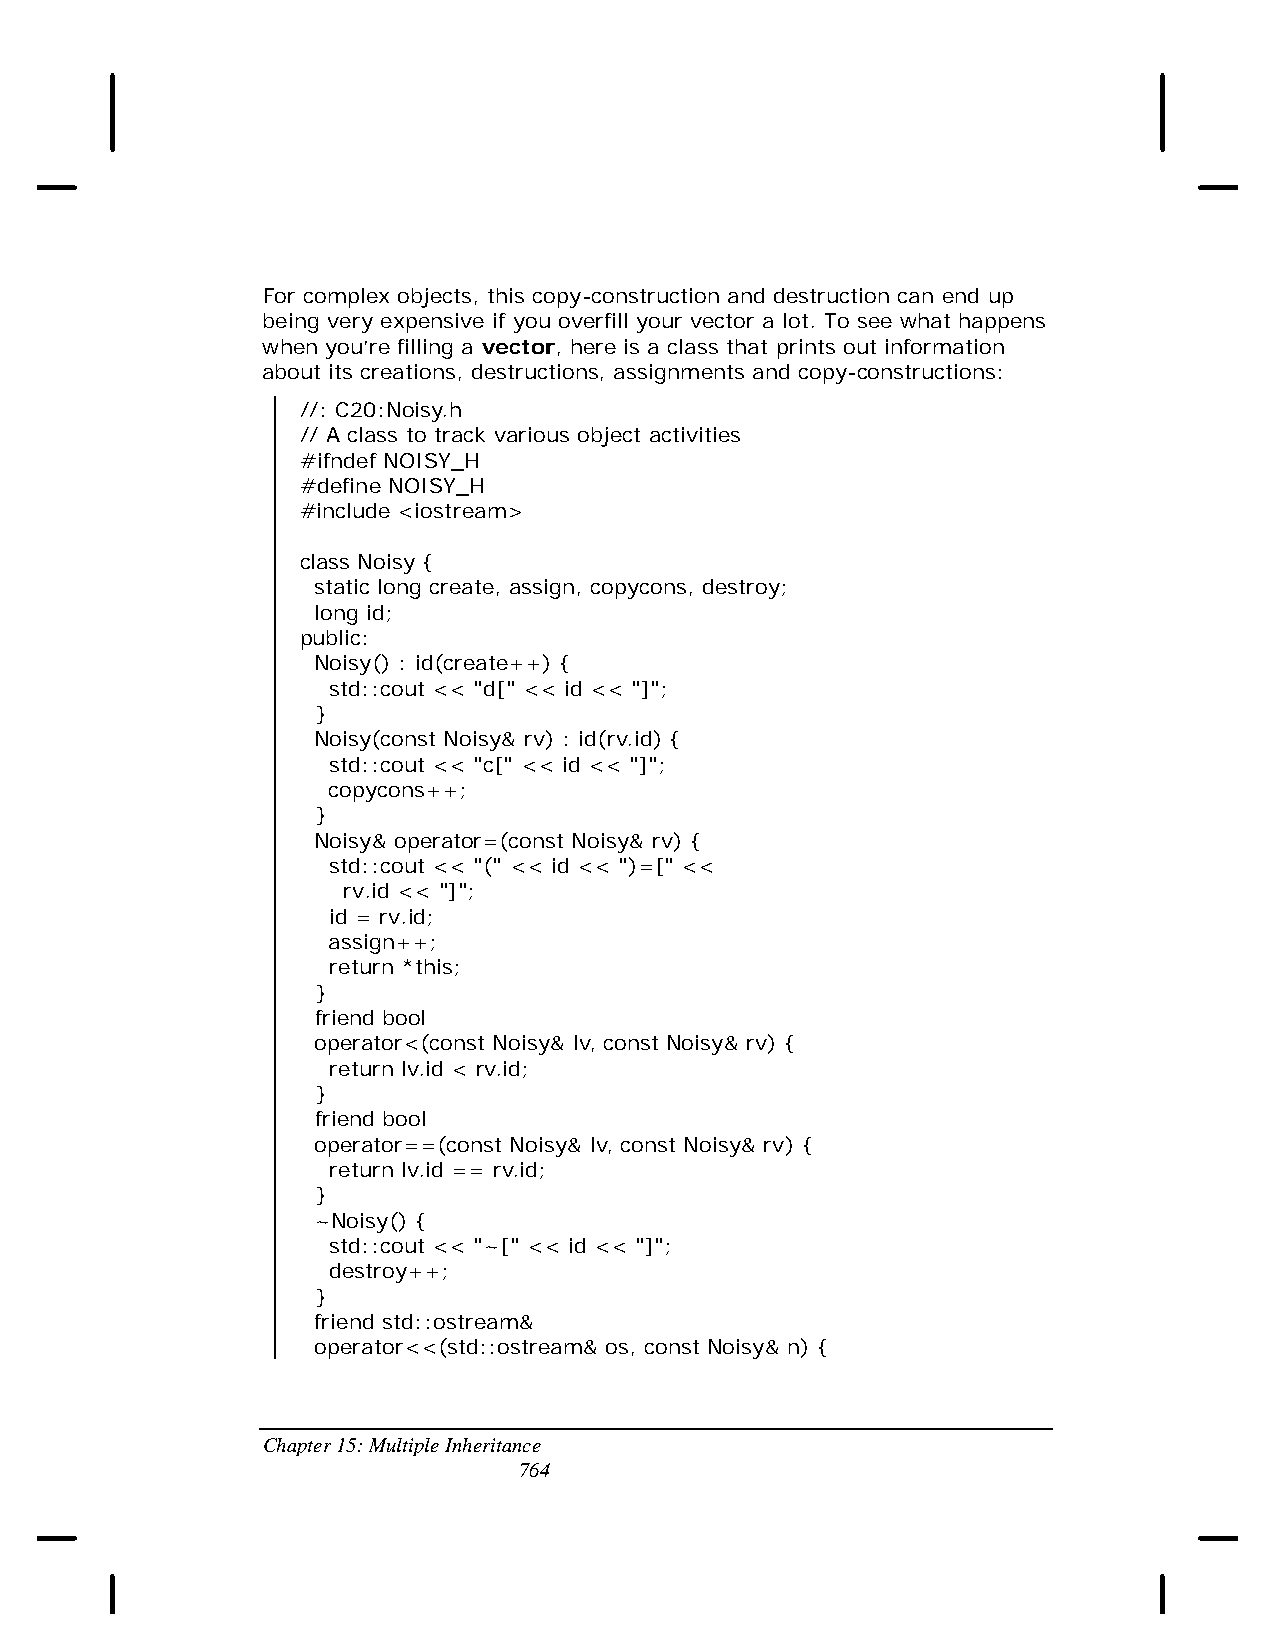
For complex objects, this copy-construction and destruction can end up
 being very expensive if you overfill your vector a lot. To see what happens
 when you’re filling a vector, here is a class that prints out information
 about its creations, destructions, assignments and copy-constructions:
 //: C20:Noisy.h
 // A class to track various object activities
 #ifndef NOISY_H
 #define NOISY_H
 #include <iostream>
 class Noisy {
 static long create, assign, copycons, destroy;
 long id;
 public:
 Noisy() : id(create++) {
 std::cout << "d[" << id << "]";
 }
 Noisy(const Noisy& rv) : id(rv.id) {
 std::cout << "c[" << id << "]";
 copycons++;
 }
 Noisy& operator=(const Noisy& rv) {
 std::cout << "(" << id << ")=[" <<
 rv.id << "]";
 id = rv.id;
 assign++;
 return *this;
 }
 friend bool
 operator<(const Noisy& lv, const Noisy& rv) {
 return lv.id < rv.id;
 }
 friend bool
 operator==(const Noisy& lv, const Noisy& rv) {
 return lv.id == rv.id;
 }
 ~Noisy() {
 std::cout << "~[" << id << "]";
 destroy++;
 }
 friend std::ostream&
 operator<<(std::ostream& os, const Noisy& n) {
 Chapter 15: Multiple Inheritance
 764